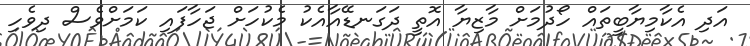
އަދި އެކާމިޔާބީތައް ހޯދުމަށް މާޒިޔާ އޮތީ ދަގަނޑޭއާއެކު މެކުހަށް ޖަހާފައި ކަމަށްވެސް ދިވެހި